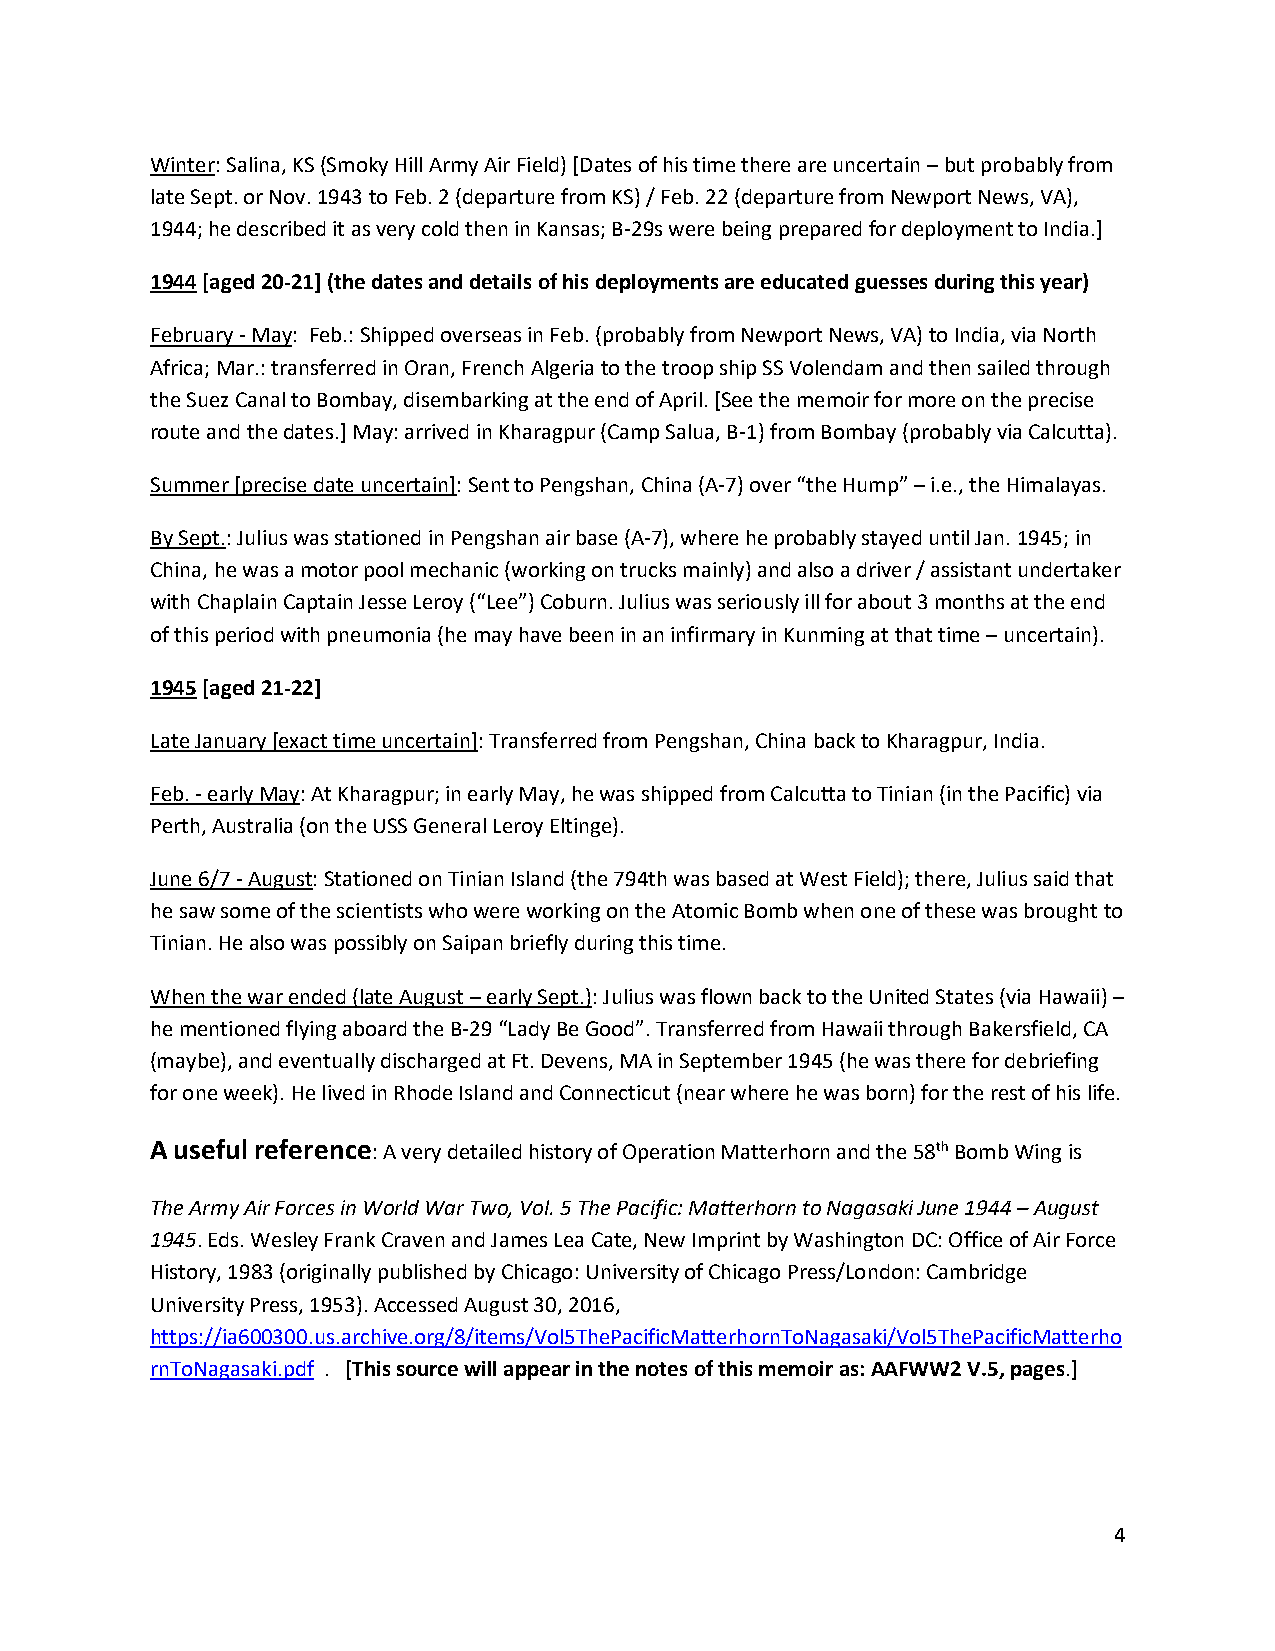
Winter: Salina, KS (Smoky Hill Army Air Field) [Dates of his time there are uncertain – but probably from
 late Sept. or Nov. 1943 to Feb. 2 (departure from KS) / Feb. 22 (departure from Newport News, VA),
 1944; he described it as very cold then in Kansas; B-29s were being prepared for deployment to India.]
 1944 [aged 20-21] (the dates and details of his deployments are educated guesses during this year)
 February - May: Feb.: Shipped overseas in Feb. (probably from Newport News, VA) to India, via North
 Africa; Mar.: transferred in Oran, French Algeria to the troop ship SS Volendam and then sailed through
 the Suez Canal to Bombay, disembarking at the end of April. [See the memoir for more on the precise
 route and the dates.] May: arrived in Kharagpur (Camp Salua, B-1) from Bombay (probably via Calcutta).
 Summer [precise date uncertain]: Sent to Pengshan, China (A-7) over “the Hump” – i.e., the Himalayas.
 By Sept.: Julius was stationed in Pengshan air base (A-7), where he probably stayed until Jan. 1945; in
 China, he was a motor pool mechanic (working on trucks mainly) and also a driver / assistant undertaker
 with Chaplain Captain Jesse Leroy (“Lee”) Coburn. Julius was seriously ill for about 3 months at the end
 of this period with pneumonia (he may have been in an infirmary in Kunming at that time – uncertain).
 1945 [aged 21-22]
 Late January [exact time uncertain]: Transferred from Pengshan, China back to Kharagpur, India.
 Feb. - early May: At Kharagpur; in early May, he was shipped from Calcutta to Tinian (in the Pacific) via
 Perth, Australia (on the USS General Leroy Eltinge).
 June 6/7 - August: Stationed on Tinian Island (the 794th was based at West Field); there, Julius said that
 he saw some of the scientists who were working on the Atomic Bomb when one of these was brought to
 Tinian. He also was possibly on Saipan briefly during this time.
 When the war ended (late August – early Sept.): Julius was flown back to the United States (via Hawaii) –
 he mentioned flying aboard the B-29 “Lady Be Good”. Transferred from Hawaii through Bakersfield, CA
 (maybe), and eventually discharged at Ft. Devens, MA in September 1945 (he was there for debriefing
 for one week). He lived in Rhode Island and Connecticut (near where he was born) for the rest of his life.
 A useful reference: A very detailed history of Operation Matterhorn and the 58th Bomb Wing is
 The Army Air Forces in World War Two, Vol. 5 The Pacific: Matterhorn to Nagasaki June 1944 – August
 1945. Eds. Wesley Frank Craven and James Lea Cate, New Imprint by Washington DC: Office of Air Force
 History, 1983 (originally published by Chicago: University of Chicago Press/London: Cambridge
 University Press, 1953). Accessed August 30, 2016,
 https://ia600300.us.archive.org/8/items/Vol5ThePacificMatterhornToNagasaki/Vol5ThePacificMatterho
 rnToNagasaki.pdf . [This source will appear in the notes of this memoir as: AAFWW2 V.5, pages.]
 4